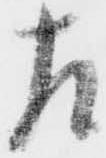
左